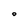
Character: O